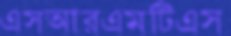
এসআরএমটিএস